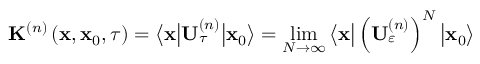
\mathbf { K } ^ { \left( n \right) } \left( \mathbf { x } , \mathbf { x } _ { 0 } , \tau \right) = \big \langle \mathbf { x } \big \vert \mathbf { U } _ { \tau } ^ { \left( n \right) } \big \vert \mathbf { x } _ { 0 } \big \rangle = \operatorname* { l i m } _ { N \rightarrow \infty } \big \langle \mathbf { x } \big \vert \left( \mathbf { U } _ { \varepsilon } ^ { \left( n \right) } \right) ^ { N } \big \vert \mathbf { x } _ { 0 } \big \rangle